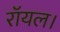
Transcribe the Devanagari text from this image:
रॉयल।